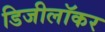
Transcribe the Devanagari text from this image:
डिजीलॉकर